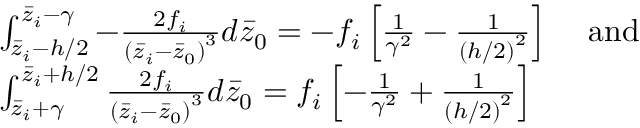
\begin{array} { r l } & { \int _ { \bar { z } _ { i } - h / 2 } ^ { \bar { z } _ { i } - \gamma } - \frac { 2 f _ { i } } { \left( \bar { z } _ { i } - \bar { z } _ { 0 } \right) ^ { 3 } } d \bar { z } _ { 0 } = - f _ { i } \left[ \frac { 1 } { \gamma ^ { 2 } } - \frac { 1 } { \left( h / 2 \right) ^ { 2 } } \right] \, \quad \mathrm { a n d } } \\ & { \int _ { \bar { z } _ { i } + \gamma } ^ { \bar { z } _ { i } + h / 2 } \frac { 2 f _ { i } } { \left( \bar { z } _ { i } - \bar { z } _ { 0 } \right) ^ { 3 } } d \bar { z } _ { 0 } = f _ { i } \left[ - \frac { 1 } { \gamma ^ { 2 } } + \frac { 1 } { \left( h / 2 \right) ^ { 2 } } \right] } \end{array}